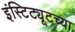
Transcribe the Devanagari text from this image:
इंस्टिट्यूटच्या